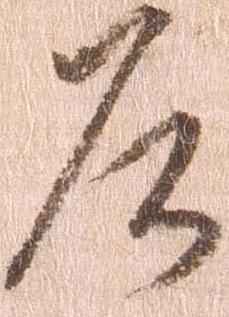
庄